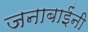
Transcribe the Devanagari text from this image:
जनाबाईंनी